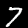
Digit: 7